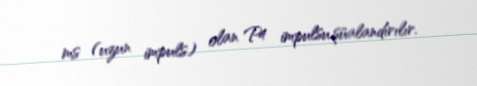
ms (uzun impuls) olan P4 impulsu şüalandırılır.